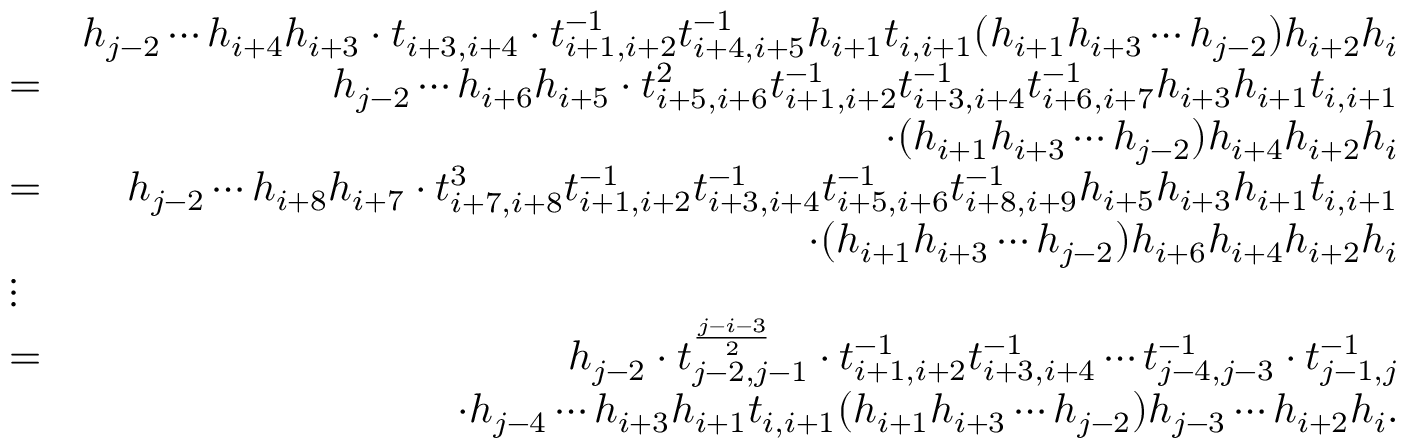
\begin{array} { r l r } & { } & { h _ { j - 2 } \cdots h _ { i + 4 } h _ { i + 3 } \cdot t _ { i + 3 , i + 4 } \cdot t _ { i + 1 , i + 2 } ^ { - 1 } t _ { i + 4 , i + 5 } ^ { - 1 } h _ { i + 1 } t _ { i , i + 1 } ( h _ { i + 1 } h _ { i + 3 } \cdots h _ { j - 2 } ) h _ { i + 2 } h _ { i } } \\ & { = } & { h _ { j - 2 } \cdots h _ { i + 6 } h _ { i + 5 } \cdot t _ { i + 5 , i + 6 } ^ { 2 } t _ { i + 1 , i + 2 } ^ { - 1 } t _ { i + 3 , i + 4 } ^ { - 1 } t _ { i + 6 , i + 7 } ^ { - 1 } h _ { i + 3 } h _ { i + 1 } t _ { i , i + 1 } } \\ & { } & { \cdot ( h _ { i + 1 } h _ { i + 3 } \cdots h _ { j - 2 } ) h _ { i + 4 } h _ { i + 2 } h _ { i } } \\ & { = } & { h _ { j - 2 } \cdots h _ { i + 8 } h _ { i + 7 } \cdot t _ { i + 7 , i + 8 } ^ { 3 } t _ { i + 1 , i + 2 } ^ { - 1 } t _ { i + 3 , i + 4 } ^ { - 1 } t _ { i + 5 , i + 6 } ^ { - 1 } t _ { i + 8 , i + 9 } ^ { - 1 } h _ { i + 5 } h _ { i + 3 } h _ { i + 1 } t _ { i , i + 1 } } \\ & { } & { \cdot ( h _ { i + 1 } h _ { i + 3 } \cdots h _ { j - 2 } ) h _ { i + 6 } h _ { i + 4 } h _ { i + 2 } h _ { i } } \\ & { \vdots } & \\ & { = } & { h _ { j - 2 } \cdot t _ { j - 2 , j - 1 } ^ { \frac { j - i - 3 } { 2 } } \cdot t _ { i + 1 , i + 2 } ^ { - 1 } t _ { i + 3 , i + 4 } ^ { - 1 } \cdots t _ { j - 4 , j - 3 } ^ { - 1 } \cdot t _ { j - 1 , j } ^ { - 1 } } \\ & { } & { \cdot h _ { j - 4 } \cdots h _ { i + 3 } h _ { i + 1 } t _ { i , i + 1 } ( h _ { i + 1 } h _ { i + 3 } \cdots h _ { j - 2 } ) h _ { j - 3 } \cdots h _ { i + 2 } h _ { i } . } \end{array}